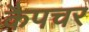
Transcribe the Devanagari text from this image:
कैपचर